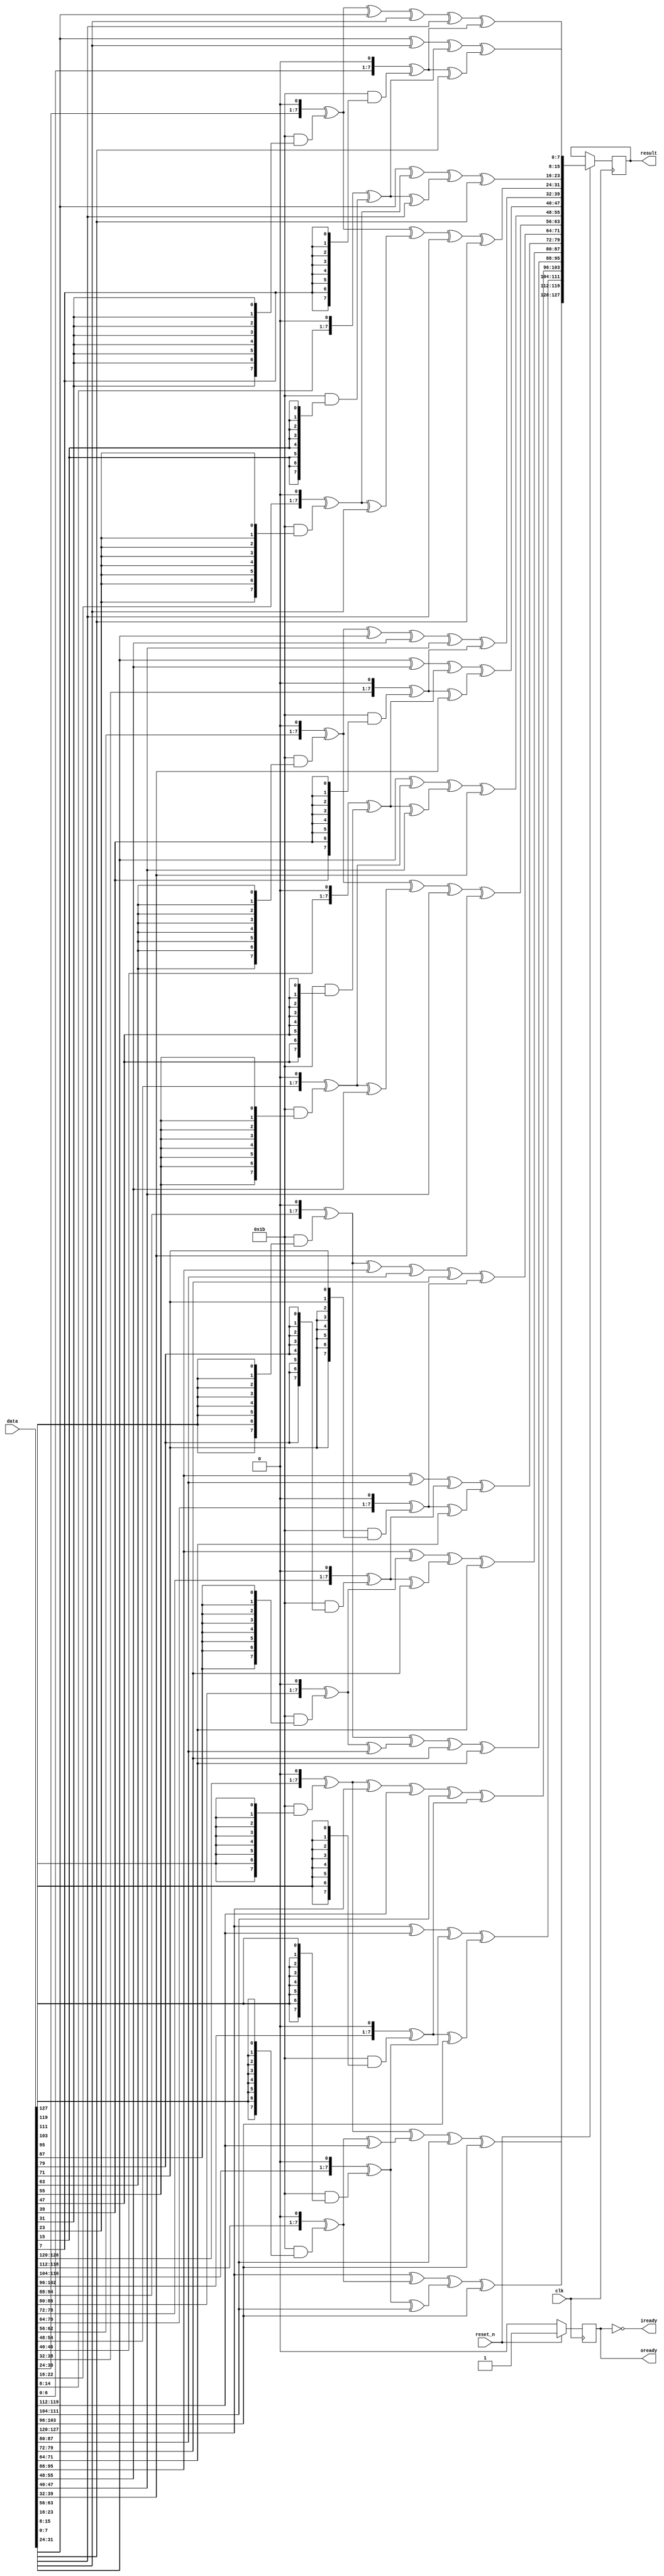
module aes_mixcolumns (
	input wire				clk,
	input wire				reset_n,
	input wire [127:0]		data,
	output wire [127:0]		result,
	output wire				iready,
	output wire				oready
	);
  
  reg				tmp_iready, tmp_oready;
  reg [127:0]		input_buffer, output_buffer;
  
  assign iready = !tmp_iready;
  assign oready = tmp_oready;
  assign result = output_buffer;
  
  initial 
  begin
  	tmp_iready = 1'b0;
  	tmp_oready = 1'b0;
  end
  
  function [7:0] gm2(input [7:0] op);
		begin 
			gm2 = {op[6:0], 1'b0} ^ (8'h1b & {8{op[7]}});
		end
	endfunction
	
	function [7:0] gm3(input [7:0] op);
		begin
			gm3 = gm2(op) ^ op;
		end	
	endfunction
	
	function [31:0] mixw(input [31:0] w);
		reg [7:0] b0, b1, b2, b3;
		reg [7:0] mb0, mb1, mb2, mb3;
		begin
			b0 = w[31:24];
			b1 = w[23:16];
			b2 = w[15:08];
			b3 = w[07:00];
			
			mb0 = gm2(b0) ^ gm3(b1) ^ b2      ^ b3;
			mb1 = b0	  ^	gm2(b1) ^ gm3(b2) ^ b3;
			mb2 = b0	  ^ b1      ^ gm2(b2) ^ gm3(b3);
			mb3 = gm3(b0) ^ b1 		^ b2	  ^ gm2(b3);
		
			mixw = {mb0, mb1, mb2, mb3};
		end
	endfunction
	
	function [127:0] mixcolumns(input [127:0] data);
		reg [31:0] w0, w1, w2, w3;
		reg [31:0] ws0, ws1, ws2, ws3;
		
		begin
			w0 = data[127:096];
			w1 = data[095:064];
			w2 = data[063:032];
			w3 = data[031:000];
			
			ws0 = mixw(w0);
			ws1 = mixw(w1);
			ws2 = mixw(w2);
			ws3 = mixw(w3);
			
			mixcolumns = {ws0, ws1, ws2, ws3};
		end
	endfunction
	
	always @ (posedge clk)
	begin
		if (reset_n)
			begin
				input_buffer = data;
				tmp_iready = 1'b1;
				output_buffer = mixcolumns(input_buffer);
				tmp_oready = 1'b1;
			end
		else
			begin
				tmp_iready = 1'b0;
				tmp_oready = 1'b0;
			end
	end
endmodule